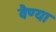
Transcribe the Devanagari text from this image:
वैण्या